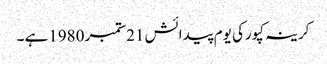
کرینہ کپورکی یوم پیدائش 21ستمبر 1980ہے ۔